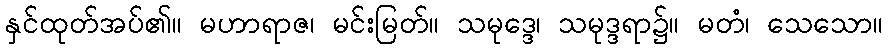
နှင်ထုတ်အပ်၏။ မဟာရာဇ၊ မင်းမြတ်။ သမုဒ္ဒေ၊ သမုဒ္ဒရာ၌။ မတံ၊ သေသော။